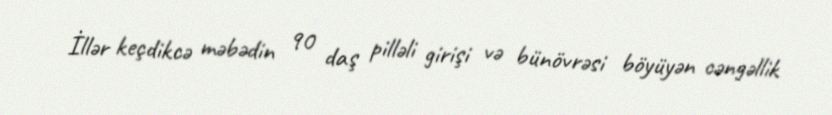
İllər keçdikcə məbədin 90 daş pilləli girişi və bünövrəsi böyüyən cəngəllik